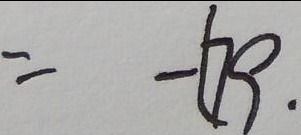
= - 6 9 .